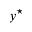
y ^ { \star }